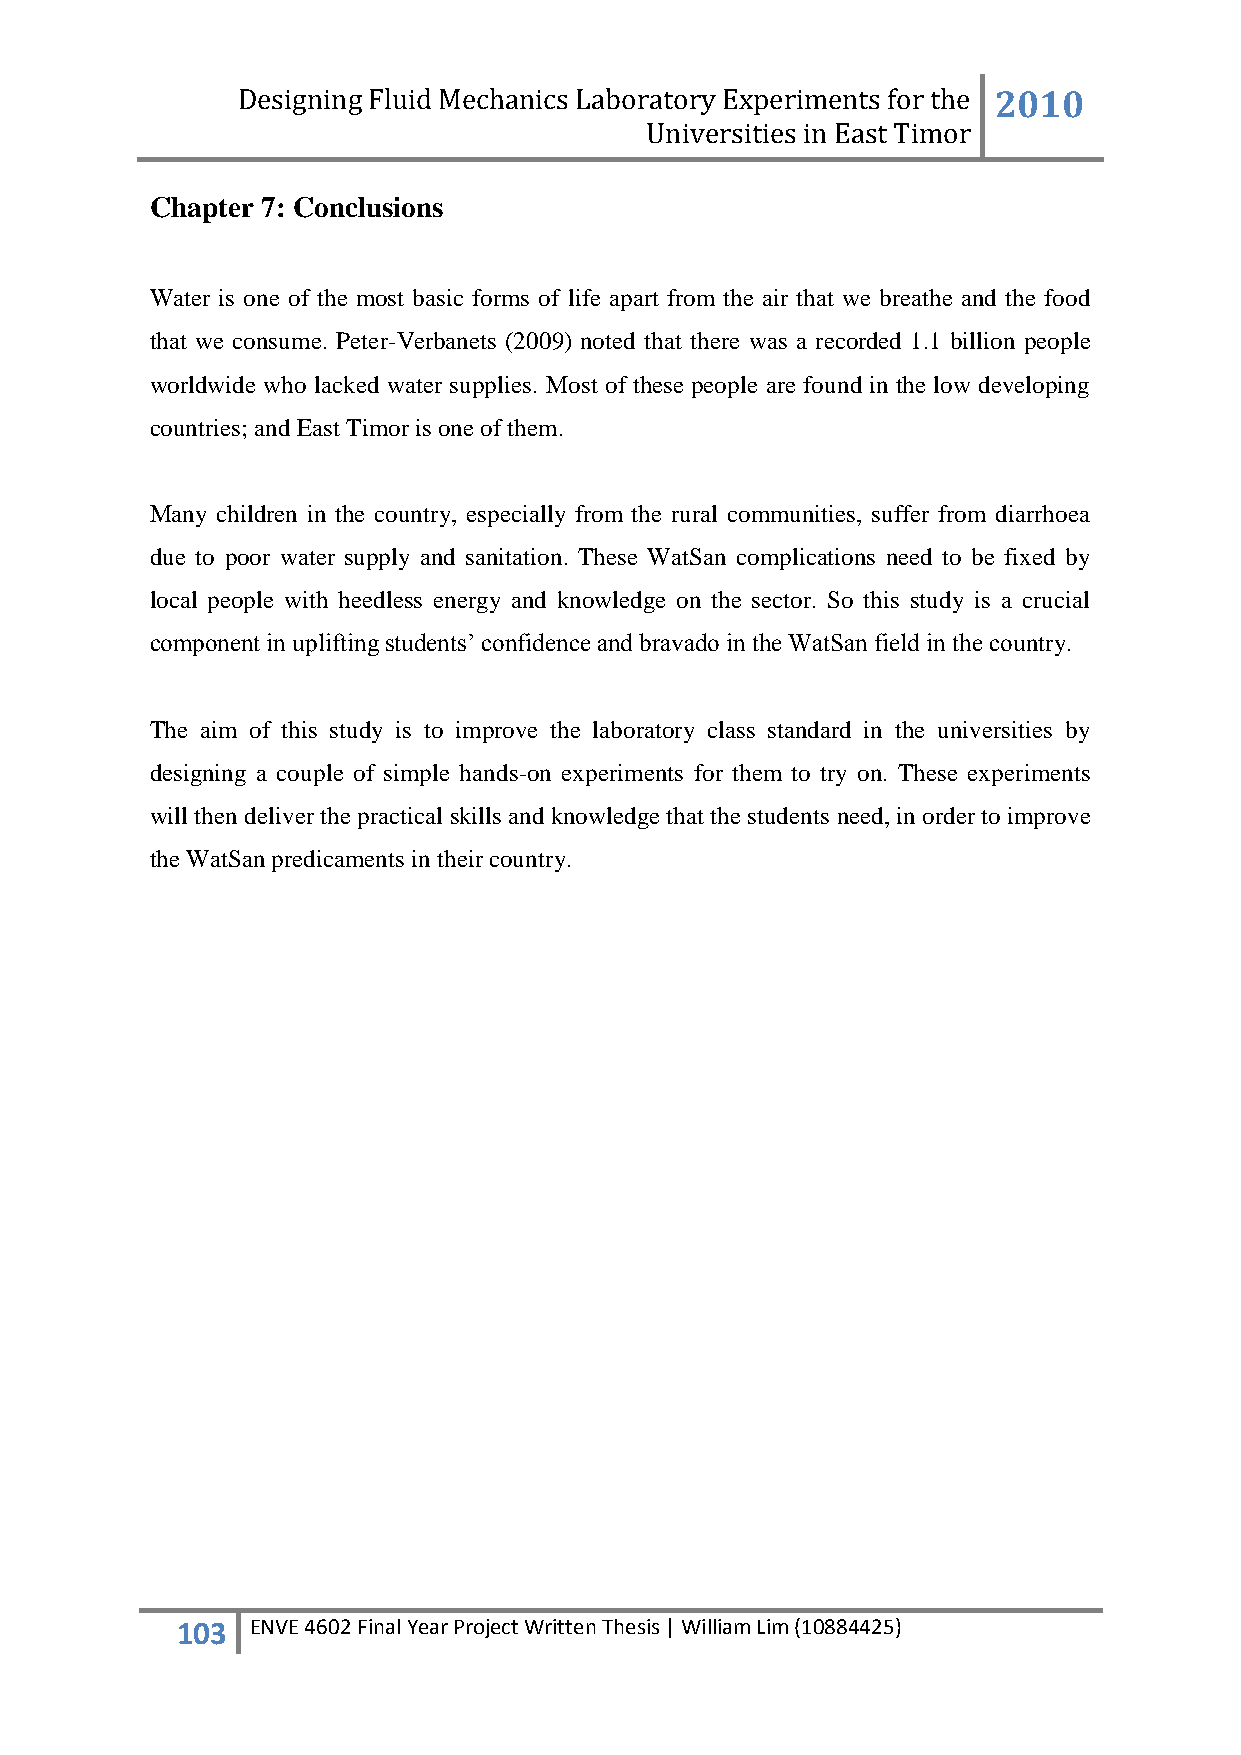
Designing Fluid Mechanics Laboratory Experiments for the 2010
 Universities in East Timor
 Chapter 7: Conclusions
 Water is one of the most basic forms of life apart from the air that we breathe and the food
 that we consume. Peter-Verbanets (2009) noted that there was a recorded 1.1 billion people
 worldwide who lacked water supplies. Most of these people are found in the low developing
 countries; and East Timor is one of them.
 Many children in the country, especially from the rural communities, suffer from diarrhoea
 due to poor water supply and sanitation. These WatSan complications need to be fixed by
 local people with heedless energy and knowledge on the sector. So this study is a crucial
 component in uplifting students‟ confidence and bravado in the WatSan field in the country.
 The aim of this study is to improve the laboratory class standard in the universities by
 designing a couple of simple hands-on experiments for them to try on. These experiments
 will then deliver the practical skills and knowledge that the students need, in order to improve
 the WatSan predicaments in their country.
 103  ENVE 4602 Final Year Project Written Thesis | William Lim (10884425)